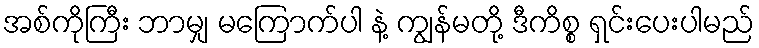
အစ်ကိုကြီး ဘာမျှ မကြောက်ပါ နဲ့ ကျွန်မတို့ ဒီကိစ္စ ရှင်းပေးပါမည်